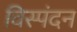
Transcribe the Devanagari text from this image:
विस्पंदन